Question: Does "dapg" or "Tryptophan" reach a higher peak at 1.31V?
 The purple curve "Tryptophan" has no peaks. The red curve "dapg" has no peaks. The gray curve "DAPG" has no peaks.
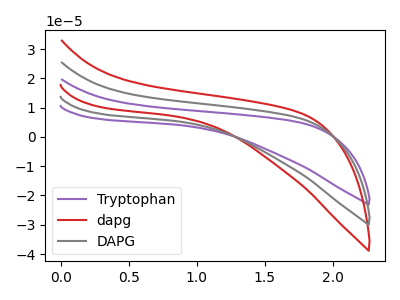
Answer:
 <answer>"dapg" and "Tryptophan" dont share a peak at 1.31V.</answer>
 <eval>mismatch</eval>